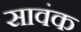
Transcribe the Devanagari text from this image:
सावंक